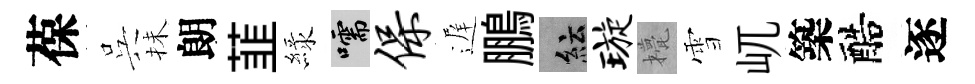
葆呉抺朗韮緑嚅保遅鵬紜璇甍雪屼築醅逐